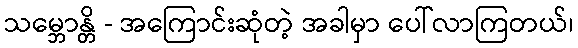
သမ္ဘောန္တိ - အကြောင်းဆုံတဲ့ အခါမှာ ပေါ်လာကြတယ်၊